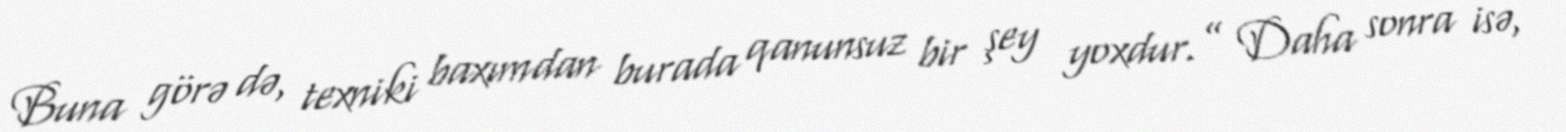
Buna görə də, texniki baxımdan burada qanunsuz bir şey yoxdur.” Daha sonra isə,